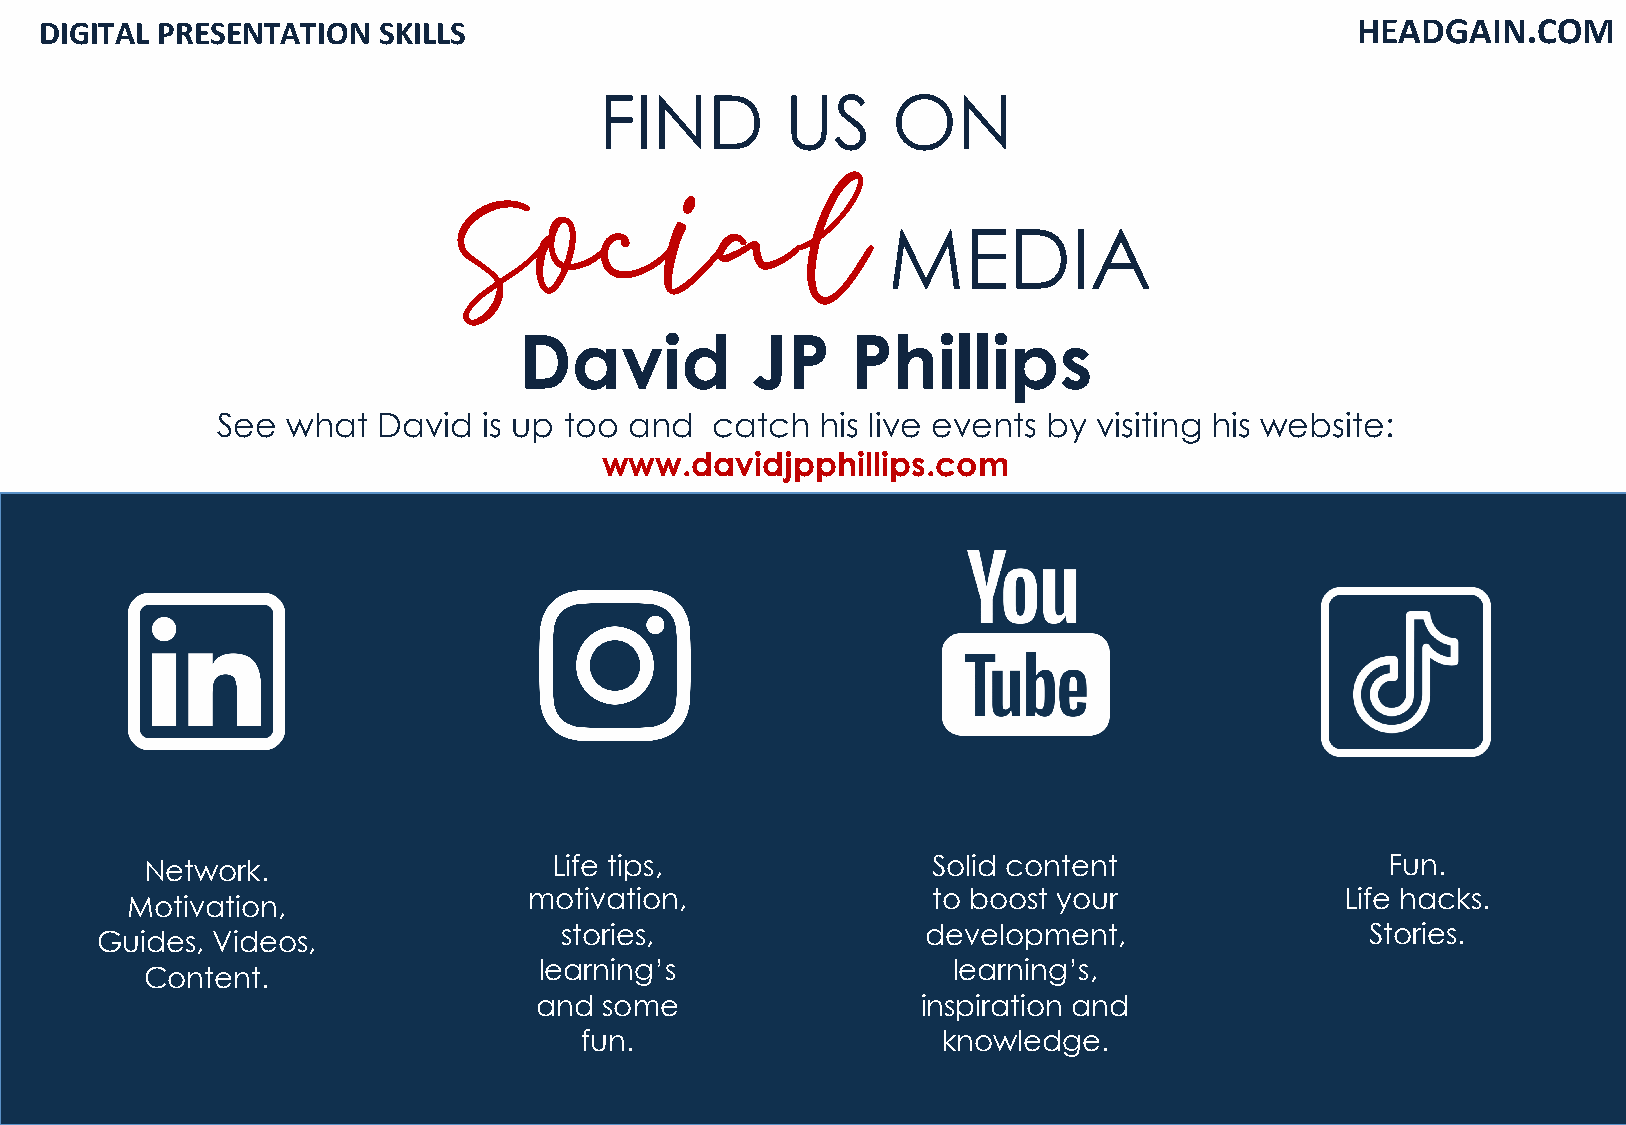
DIGITAL PRESENTATION  SKILLS                                                           HEADGAIN.COM
 FIND        US     ON
 MEDIA
 Social
 David           JP    Phillips
 See  what  David  is up too and  catch  his live events by visiting his website:
 www.davidjpphillips.com
 Network.                   Life tips,               Solid content                 Fun.
 motivation,                to boost your              Life hacks.
 Motivation,
 stories,                development,                  Stories.
 Guides, Videos,
 learning’s                 learning’s,
 Content.
 and  some                 inspiration and
 fun.                    knowledge.